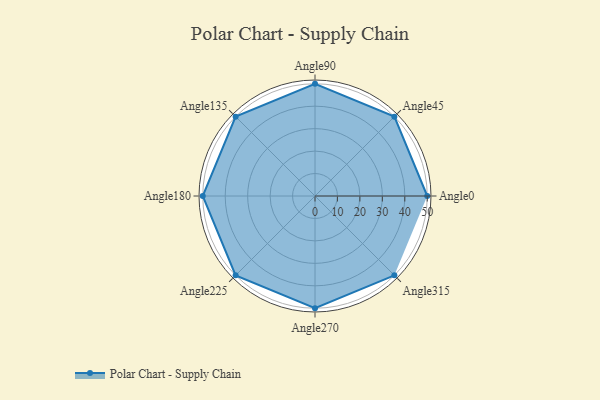
{"axis": {"x": "Angle", "y": "Radius"}, "legend": [""], "data": [{"x": "Angle0", "y": 50, "type": ""}, {"x": "Angle45", "y": 50, "type": ""}, {"x": "Angle90", "y": 50, "type": ""}, {"x": "Angle135", "y": 50.0, "type": ""}, {"x": "Angle180", "y": 50, "type": ""}, {"x": "Angle225", "y": 50, "type": ""}, {"x": "Angle270", "y": 50, "type": ""}, {"x": "Angle315", "y": 50, "type": ""}]}